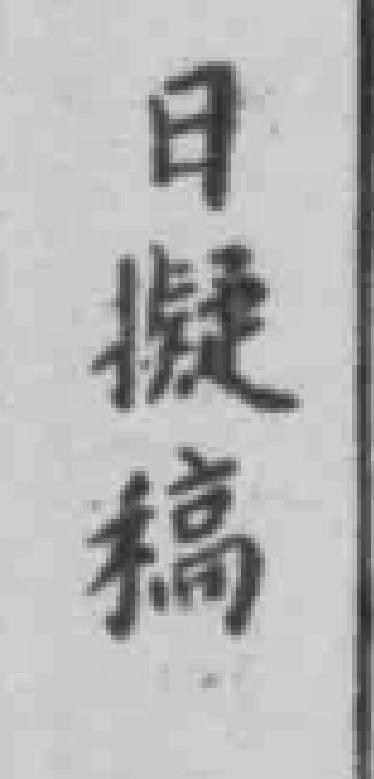
日擬稿